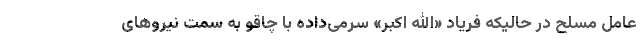
عامل مسلح در حالیکه فریاد «الله اکبر» سرمی‌داده با چاقو به سمت نیروهای